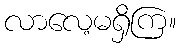
လာလေ့မရှိကြ။